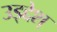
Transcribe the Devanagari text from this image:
उड्द्देश्